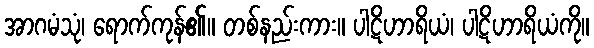
အာဂမံသုံ၊ ရောက်ကုန်၏။ တစ်နည်းကား။ ပါဋိဟာရိယံ၊ ပါဋိဟာရိယံကို။